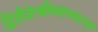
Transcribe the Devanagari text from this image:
द्वितीयेत्वस्थिसंचयइत्युक्तं